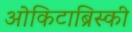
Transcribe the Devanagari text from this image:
ओकिटाब्रिस्की